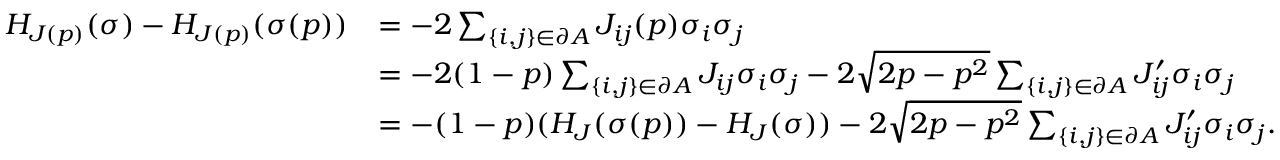
\begin{array} { r l } { H _ { J ( p ) } ( \sigma ) - H _ { J ( p ) } ( \sigma ( p ) ) } & { = - 2 \sum _ { \{ i , j \} \in \partial A } J _ { i j } ( p ) \sigma _ { i } \sigma _ { j } } \\ & { = - 2 ( 1 - p ) \sum _ { \{ i , j \} \in \partial A } J _ { i j } \sigma _ { i } \sigma _ { j } - 2 \sqrt { 2 p - p ^ { 2 } } \sum _ { \{ i , j \} \in \partial A } J _ { i j } ^ { \prime } \sigma _ { i } \sigma _ { j } } \\ & { = - ( 1 - p ) ( H _ { J } ( \sigma ( p ) ) - H _ { J } ( \sigma ) ) - 2 \sqrt { 2 p - p ^ { 2 } } \sum _ { \{ i , j \} \in \partial A } J _ { i j } ^ { \prime } \sigma _ { i } \sigma _ { j } . } \end{array}